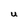
Character: U